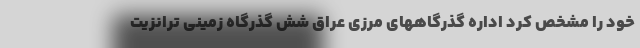
خود را مشخص کرد اداره گذرگاههای مرزی عراق شش گذرگاه زمینی ترانزیت